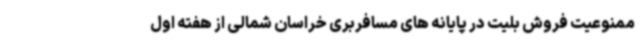
ممنوعیت فروش بلیت در پایانه های مسافربری خراسان شمالی از هفته اول